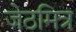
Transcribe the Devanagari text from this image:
जेठमित्र